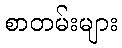
စာတမ်းများ